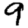
Digit: 9